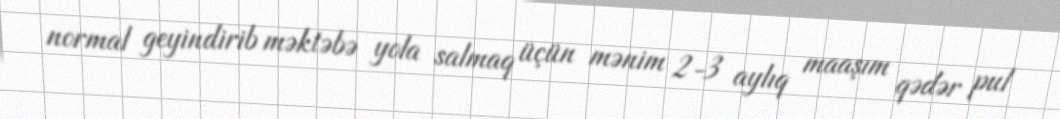
normal geyindirib məktəbə yola salmaq üçün mənim 2-3 aylıq maaşım qədər pul